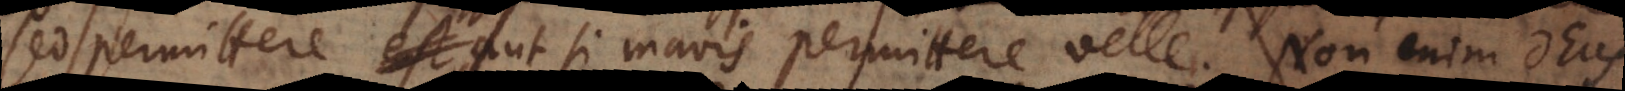
sed permittere, aut si mavis permittere velle. Non enim Deus